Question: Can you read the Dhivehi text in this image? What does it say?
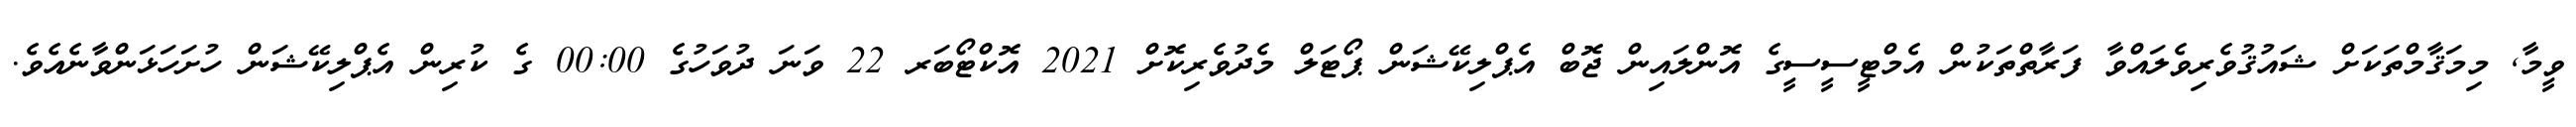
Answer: ވީމާ, މިމަޤާމްތަކަށް ޝައުޤުވެރިވެލައްވާ ފަރާތްތަކުން އެމްޓީސީސީގެ އޮންލައިން ޖޮބް އެޕްލިކޭޝަން ޕޯޓަލް މެދުވެރިކޮށް 2021 އޮކްޓޯބަރ 22 ވަނަ ދުވަހުގެ 00:00 ގެ ކުރިން އެޕްލިކޭޝަން ހުށަހަޅަންވާނެއެވެ.